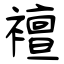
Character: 襢